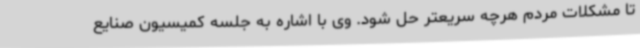
تا مشکلات مردم هرچه سریعتر حل شود. وی با اشاره به جلسه کمیسیون صنایع